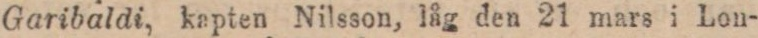
Garibaldi, kapten Nilsson, låg den 21 mars i Lon-